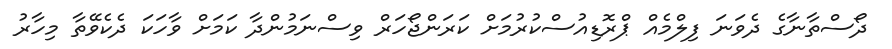
ދޯސްތާނާގެ ދެވަނަ ފިލްމެއް ޕްރޮޑިއުސްކުރުމަށް ކަރަންޖޯހަރް ވިސްނަމުންދާ ކަމަށް ވާހަކަ ދެކެވޭތާ މިހާރު